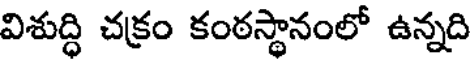
విశుద్ధి చక్రం కంఠస్థానంలో ఉన్నది